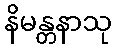
နိမန္တနာသု